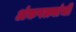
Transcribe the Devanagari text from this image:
अंकपत्त्यांची